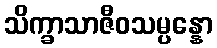
သိက္ခာသာဇီဝသမ္ပန္နော